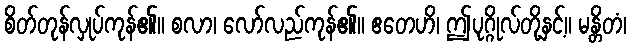
စိတ်တုန်လှုပ်ကုန်၏။ စလာ၊ လော်လည်ကုန်၏။ ဧတေဟိ၊ ဤပုဂ္ဂိုလ်တို့နှင့်။ မန္တိတံ၊